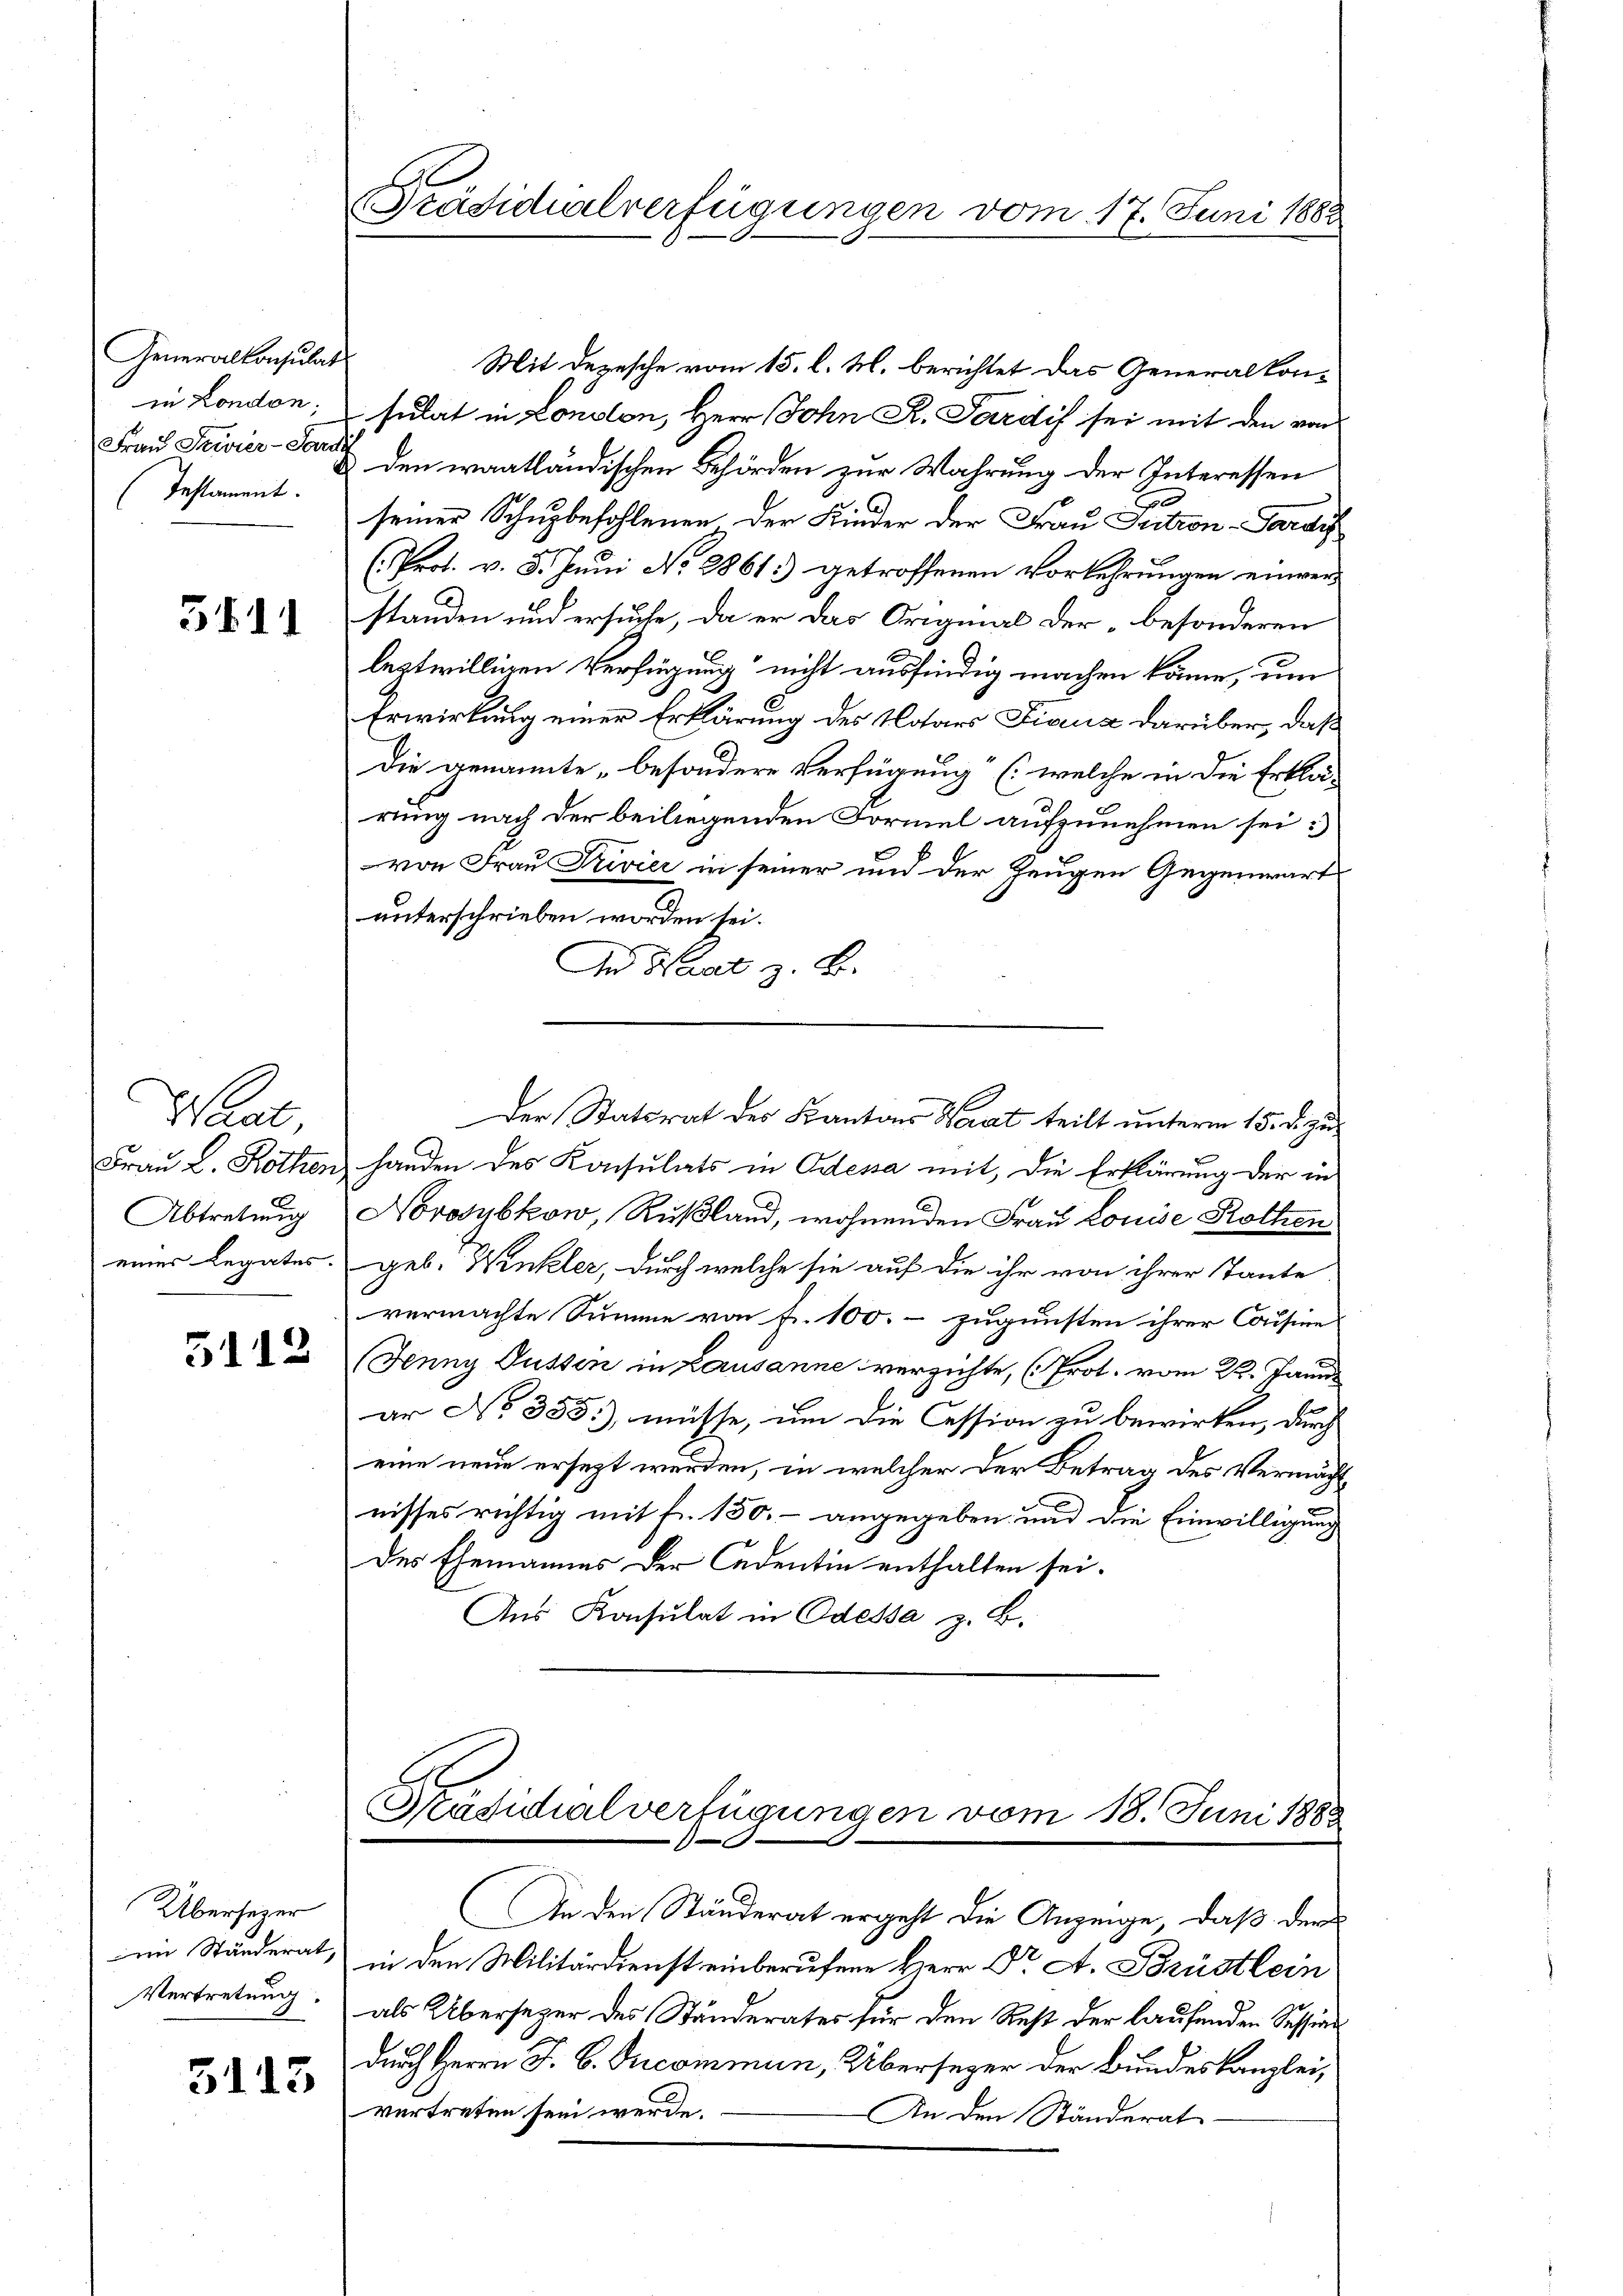
Generalkonsulat
in London;
Frau Freier-Gardi
Testament.

5411

Waat
Abtretung

5112

Übersezer
ie Ständerat,
Vertretung.

5115

Mit Depesche vom 15. l. M. berichtet das Generalkonsulat in Lonslon, Herr John R. Pardif sei mit den von
& den waatländischen Behörden zur Wahrung der Interessen
E
seiner Schuzbefohlenen der Kinder der Frau Intron-Parauf
(Prof. v. 5. Juni No 2861. getroffenen Vorkehrungen einverstanden und ersuche, da er das Original der besonderen
leztwilligen Verfügung nicht ausfindig machen könne, um
Erwirkung einer Erklärung des Notars Figura darüber, daß
Die genannte „besondere Verfügung“ (welche in die Erklä-
rung nach der beiliegenden Formel aufzunehmen sei:
von Frau Rivier in seiner und der Zeugen Gegenwart
unterschrieben worden sei.
An Staat z. B.
Der Statsrat des Kantons Saat teilt unterm 15. d. zu¬
Fraŭ L. Rothen handen des Konsulats in Odessa mit, die Erklärung der in
Norosybkow, Rußland, wohnenden Frau Louise Rothen
eines Legates geb. Winkler, durch welche sie auf die ihr von ihrer Tante
vermachte Summe von fr. 100.- zugunsten ihrer Cousine
Juny Düssen in Lausanne verzichte, (Prot. vom 22. Janu
ar No 355), müsse, um die Cession zu bewirken, durch
eine neue ersezt werden, in welcher der Betrag des Vermächtnisses richtig mit fr. 150.- angegeben, und die Einwilligung
Des Ehemannes der Cadentin enthalten sei.
Aus Konsulat in Odessa z. B.
Präsidialverfügungen vom 18. Juni 1888

Präsidialverfügungen vom 17. Juni 1882

An den Ständerat ergeht die Anzeige, daß der

in den Militärdienst einberufene Herr Dr A. Brüstlein
als Übersezer des Ständerates für den Rest der laufenden Session
durch Herrn J. B. Recommen, Übersezer der Bundeskanzlei,
vertreten sein werde.
An den Ständerat